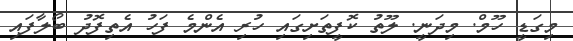
މިގަޑީ ހޫމް. މިދަނީ. ލޫތު ކޮފީތަށިގައި ހުރި އެންމެ ފަހު އެތިފޮދު ބޯލާފައި